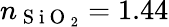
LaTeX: n_{\mathrm{~S~i~O~}_{2}}=1.44